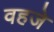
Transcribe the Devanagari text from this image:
वहजे